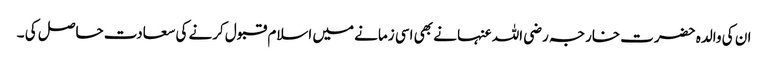
ان کی والدہ حضرت خارجہ رضی اللہ عنہا نے بھی اسی زمانے میں اسلام قبول کرنے کی سعادت حاصل کی ۔